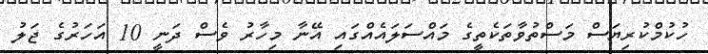
ހުކުމްކުރިޔަސް މަސްތުވާތަކެތީގެ މައްސަލައެއްގައި އޭނާ މިހާރު ވެސް ދަނީ 10 އަހަރުގެ ޖަލު